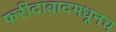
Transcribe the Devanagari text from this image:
फरीदाबादमधूनच